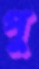
পু